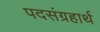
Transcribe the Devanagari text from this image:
पदसंग्रहार्थ